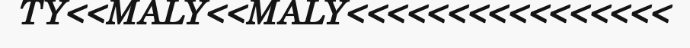
TY<<MALY<<MALY<<<<<<<<<<<<<<<<